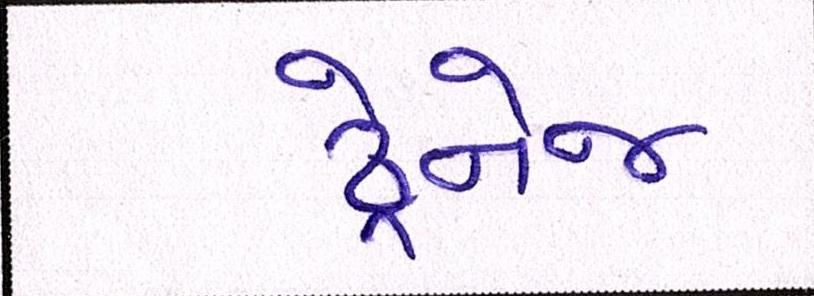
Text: ડ્રેનેજ